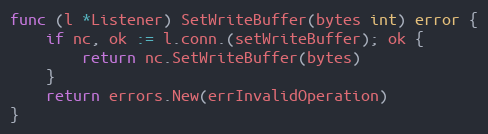
Language: Go
func (l *Listener) SetWriteBuffer(bytes int) error {
	if nc, ok := l.conn.(setWriteBuffer); ok {
		return nc.SetWriteBuffer(bytes)
	}
	return errors.New(errInvalidOperation)
}